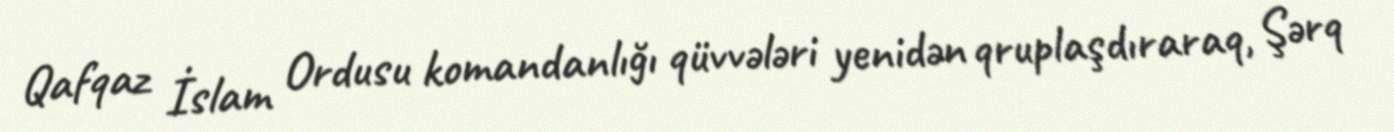
Qafqaz İslam Ordusu komandanlığı qüvvələri yenidən qruplaşdıraraq, Şərq